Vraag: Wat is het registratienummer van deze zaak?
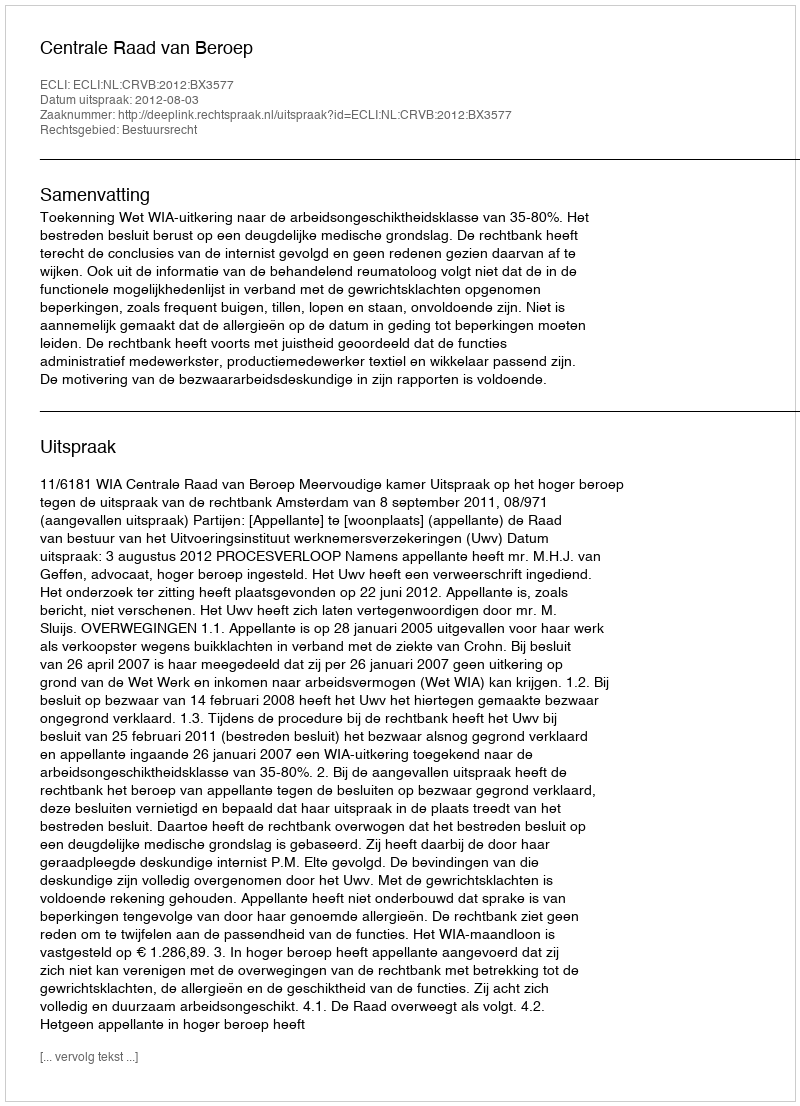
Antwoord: http://deeplink.rechtspraak.nl/uitspraak?id=ECLI:NL:CRVB:2012:BX3577